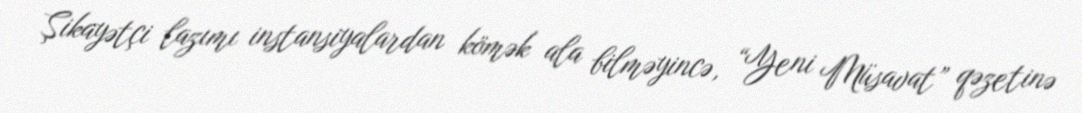
Şikayətçi lazımı instansiyalardan kömək ala bilməyincə, “Yeni Müsavat” qəzetinə